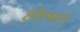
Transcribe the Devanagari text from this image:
होल्मन